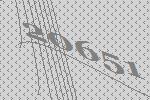
20651